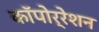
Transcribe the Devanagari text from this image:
काॅपोर्रेशन